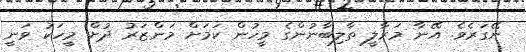
ނޭގަރެވެ. އޭނާ މަރާލީ ތާލިބާނުންގެ މީހުން ކަމަށް މަންޒަރު ދުށް މީހަކު ވަނީ